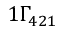
1 \ensuremath { \Gamma _ { 4 2 1 } }